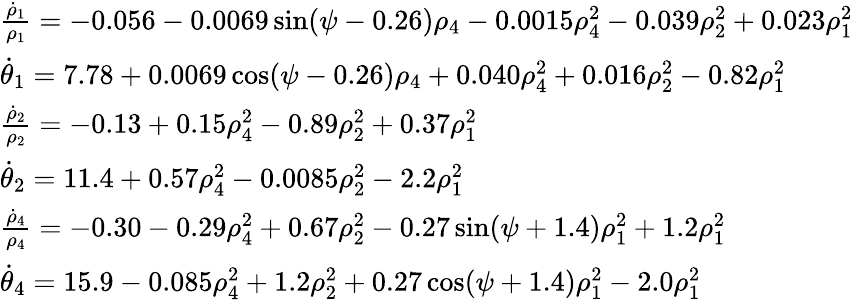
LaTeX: \begin{array}{l}{\frac{\dot{\rho}_{1}}{\rho_{1}}=-0.056-0.0069\sin(\psi-0.26)\rho_{4}-0.0015\rho_{4}^{2}-0.039\rho_{2}^{2}+0.023\rho_{1}^{2}}\\ {\dot{\theta}_{1}=7.78+0.0069\cos(\psi-0.26)\rho_{4}+0.040\rho_{4}^{2}+0.016\rho_{2}^{2}-0.82\rho_{1}^{2}}\\ {\frac{\dot{\rho}_{2}}{\rho_{2}}=-0.13+0.15\rho_{4}^{2}-0.89\rho_{2}^{2}+0.37\rho_{1}^{2}}\\ {\dot{\theta}_{2}=11.4+0.57\rho_{4}^{2}-0.0085\rho_{2}^{2}-2.2\rho_{1}^{2}}\\ {\frac{\dot{\rho}_{4}}{\rho_{4}}=-0.30-0.29\rho_{4}^{2}+0.67\rho_{2}^{2}-0.27\sin(\psi+1.4)\rho_{1}^{2}+1.2\rho_{1}^{2}}\\ {\dot{\theta}_{4}=15.9-0.085\rho_{4}^{2}+1.2\rho_{2}^{2}+0.27\cos(\psi+1.4)\rho_{1}^{2}-2.0\rho_{1}^{2}}\end{array}